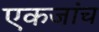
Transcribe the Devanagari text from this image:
एकजांच